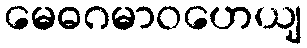
မေဓဂမာဝဟေယျ